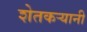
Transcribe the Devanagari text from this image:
शेतकऱ्यानी